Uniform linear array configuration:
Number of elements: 24
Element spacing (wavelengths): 1
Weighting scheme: exponential
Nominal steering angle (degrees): -30
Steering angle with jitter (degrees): -29.803
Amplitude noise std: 0.05
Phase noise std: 0.05

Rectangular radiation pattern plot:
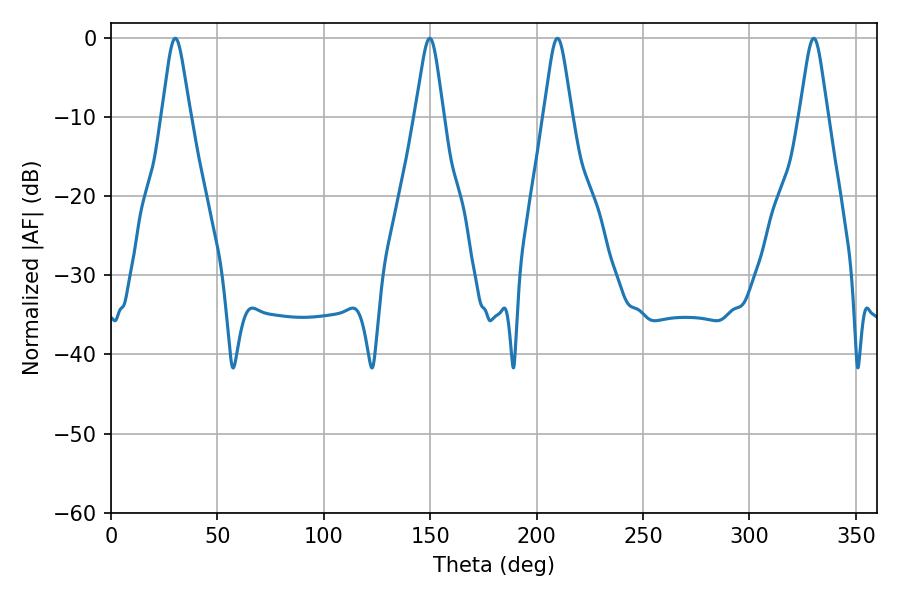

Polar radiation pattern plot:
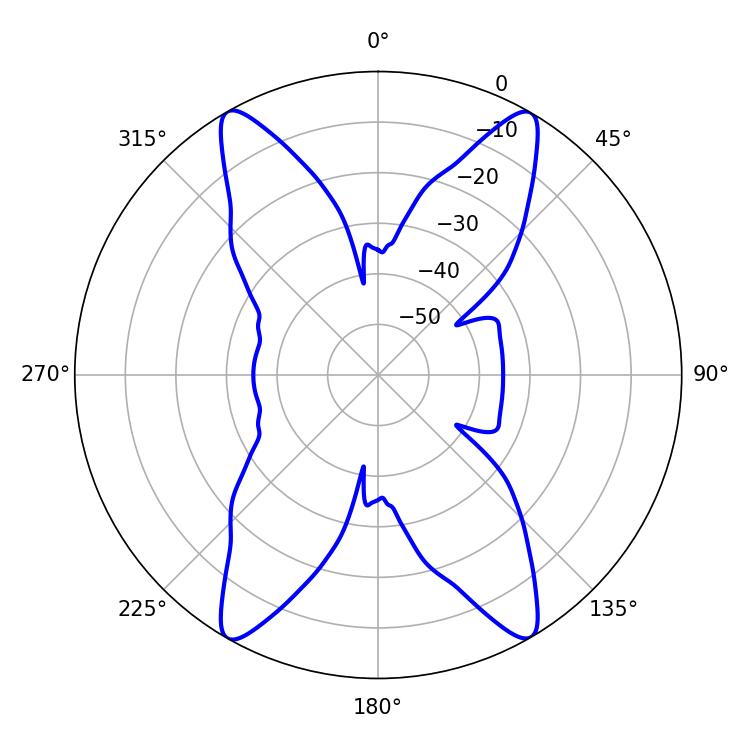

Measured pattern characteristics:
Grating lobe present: TRUE
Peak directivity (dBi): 30.192
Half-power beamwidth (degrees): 6.48
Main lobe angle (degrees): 30.24